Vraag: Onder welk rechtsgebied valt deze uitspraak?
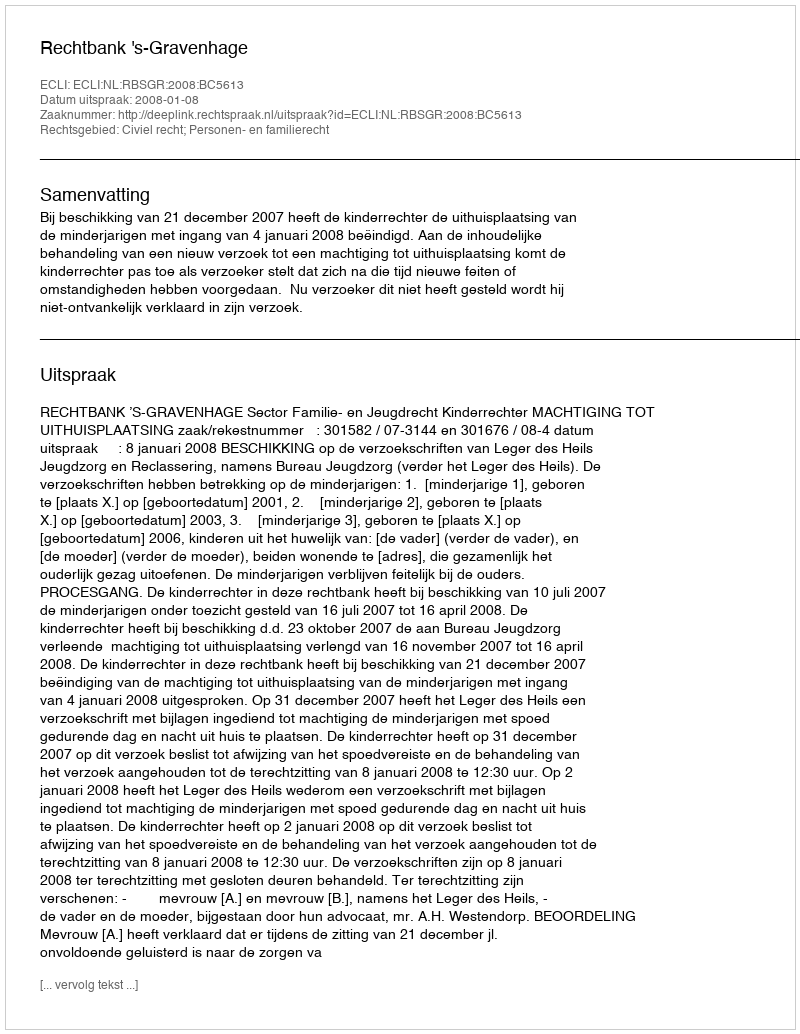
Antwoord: Civiel recht; Personen- en familierecht